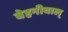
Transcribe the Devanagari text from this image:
बेहनीवाल्